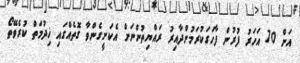
އަށް 70 އަހަރު ފުރުން ފާހަގަކުރަމުންދާއިރު ރައްޔިތުންނަށް އެކަށީގެންވާ ގޮތެއްގައި ޚިދުމަތް ކުރެވޭތޯ